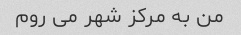
من به مرکز شهر می روم